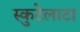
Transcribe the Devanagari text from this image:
स्कुटेलाटा